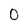
Character: 0